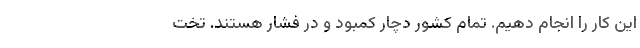
این کار را انجام دهیم. تمام کشور دچار کمبود و در فشار هستند. تخت